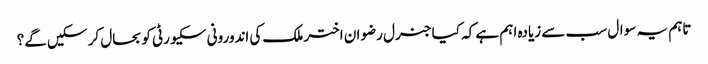
تاہم یہ سوال سب سے زیادہ اہم ہے کہ کیا جنرل رضوان اختر ملک کی اندورونی سکیورٹی کو بحال کر سکیں گے؟